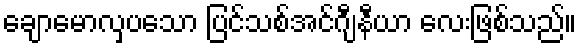
ချောမောလှပသော ပြင်သစ်အင်ဂျီနီယာ လေးဖြစ်သည်။